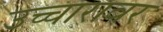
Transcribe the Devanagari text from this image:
उच्चारावर